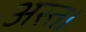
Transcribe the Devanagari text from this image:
अस्त।